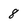
Character: 8